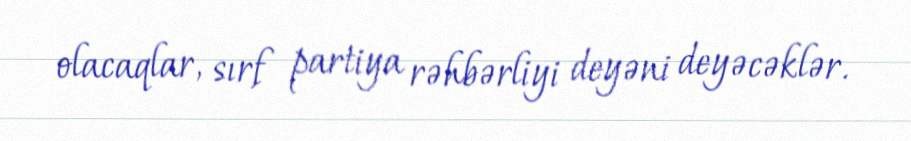
olacaqlar, sırf partiya rəhbərliyi deyəni deyəcəklər.